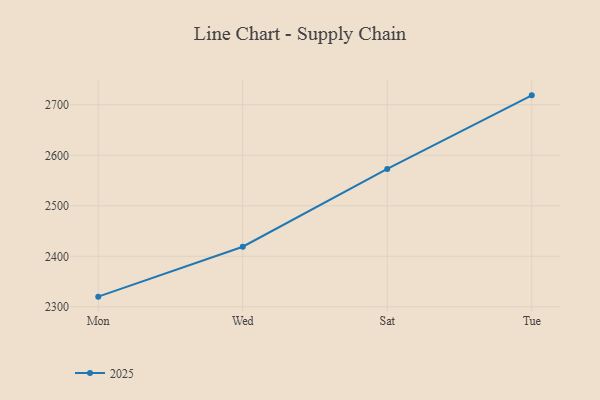
{"axis": {"x": "Day", "y": "Headcount"}, "legend": ["2025"], "data": [{"x": "Mon", "y": 2320.1, "type": "2025"}, {"x": "Wed", "y": 2418.9, "type": "2025"}, {"x": "Sat", "y": 2573.0, "type": "2025"}, {"x": "Tue", "y": 2718.7, "type": "2025"}]}